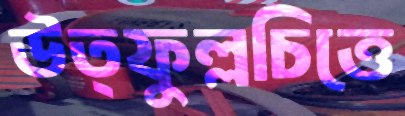
উত্ফুল্লচিত্তে